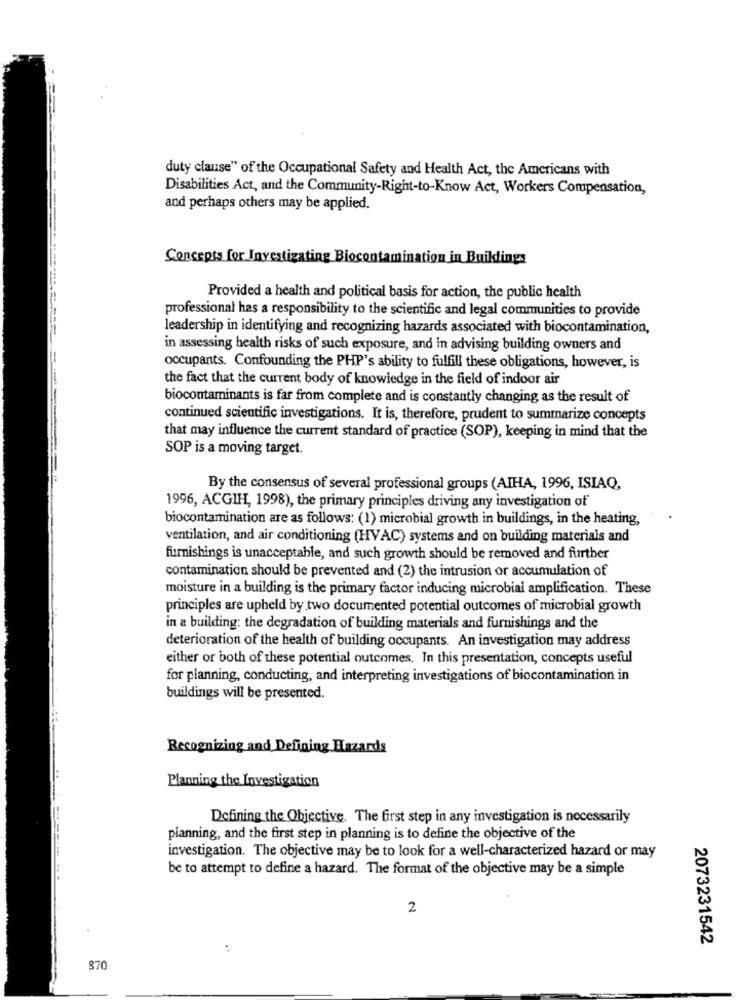
duty clause" of the Occupational Safety and Health Act, the Americans with
----
Disabilities Act, and the Community-Right-to-Know Act, Workers Compensation,
and perhaps others may be applied.
Concepts for Investigating Biocontamination in Buiklings
Provided a health and political basis for action, the public health
professional has a responsibility to the scientific and legal communities to provide
-------------
leadership in identifying and recognizing hazards associated with biocontamination,
in assessing health risks of such exposure, and in advising building owners and
occupants. Confounding the PHP's ability to fulfill these obligations, however, is
the fact that the current body of knowledge in the field of indoor air
biocontaminants is far from complete and is constantly changing as the result of
continued scientific investigations. It is, therefore, prudent to summarize concepts
that may influence the current standard of practice (SOP), keeping in mind that the
-----
SOP is a moving target.
By the consensus of several professional groups (AIHA, 1996, ISIAQ,
1996, ACGIH, 1998), the primary principles driving any investigation of
biocontamination are as follows: (1) microbial growth in buildings, in the heating,
ventilation, and air conditioning (HVAC) systems and on building materials and
furnishings is unacceptable, and such growth should be removed and further
contamination should be prevented and (2) the intrusion or accumulation of
moisture in a building is the primary factor inducing microbial amplification. These
principles are upheld by two documented potential outcomes of microbial growth
in a building: the degradation of building materials and furnishings and the
deterioration of the health of building occupants. An investigation may address
either or both of these potential outcomes, In this presentation, concepts useful
for planning, conducting, and interpreting investigations of biocontamination in
buildings will be presented.
Recognizing and Defining Hazards
Planning the Investigation
Defining the Objective. The first step in any investigation is necessarily
planning, and the first step in planning is to define the objective of the
investigation. The objective may be to look for a well-characterized hazard or may
be to attempt to define a hazard. The format of the objective may be a simple
2
2073231542
870